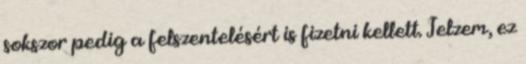
sokszor pedig a felszentelésért is fizetni kellett. Jelzem, ez